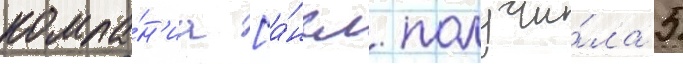
компа́н'иа [а́нгл. получи́ла 5